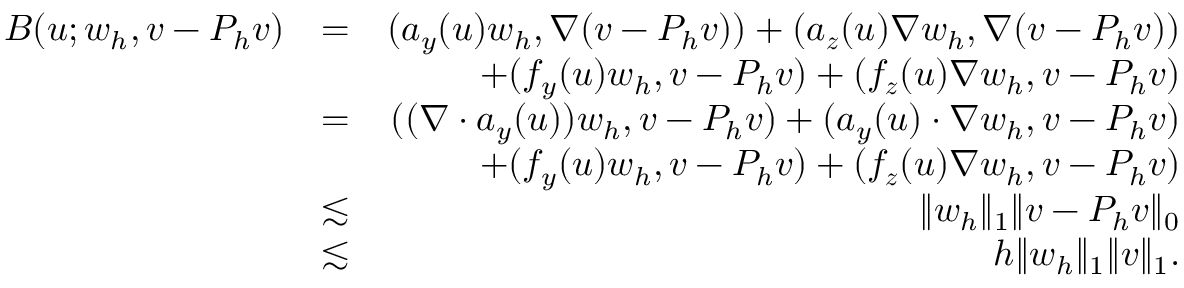
\begin{array} { r l r } { B ( u ; w _ { h } , v - P _ { h } v ) } & { = } & { ( \boldsymbol { a } _ { y } ( u ) w _ { h } , \nabla ( v - P _ { h } v ) ) + ( \boldsymbol { a } _ { \boldsymbol { z } } ( u ) \nabla w _ { h } , \nabla ( v - P _ { h } v ) ) } \\ & { } & { + ( f _ { y } ( u ) w _ { h } , v - P _ { h } v ) + ( f _ { \boldsymbol { z } } ( u ) \nabla w _ { h } , v - P _ { h } v ) } \\ & { = } & { ( ( \nabla \cdot \boldsymbol { a } _ { y } ( u ) ) w _ { h } , v - P _ { h } v ) + ( \boldsymbol { a } _ { y } ( u ) \cdot \nabla w _ { h } , v - P _ { h } v ) } \\ & { } & { + ( f _ { y } ( u ) w _ { h } , v - P _ { h } v ) + ( f _ { \boldsymbol { z } } ( u ) \nabla w _ { h } , v - P _ { h } v ) } \\ & { \lesssim } & { \| w _ { h } \| _ { 1 } \| v - P _ { h } v \| _ { 0 } } \\ & { \lesssim } & { h \| w _ { h } \| _ { 1 } \| v \| _ { 1 } . } \end{array}